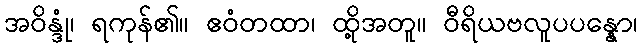
အဝိန္ဒုံ၊ ရကုန်၏။ ဧဝံတထာ၊ ထို့အတူ။ ဝီရိယဗလူပပန္နော၊